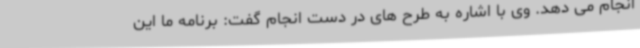
انجام می دهد. وی با اشاره به طرح های در دست انجام گفت: برنامه ما این